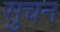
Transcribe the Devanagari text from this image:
सुचन